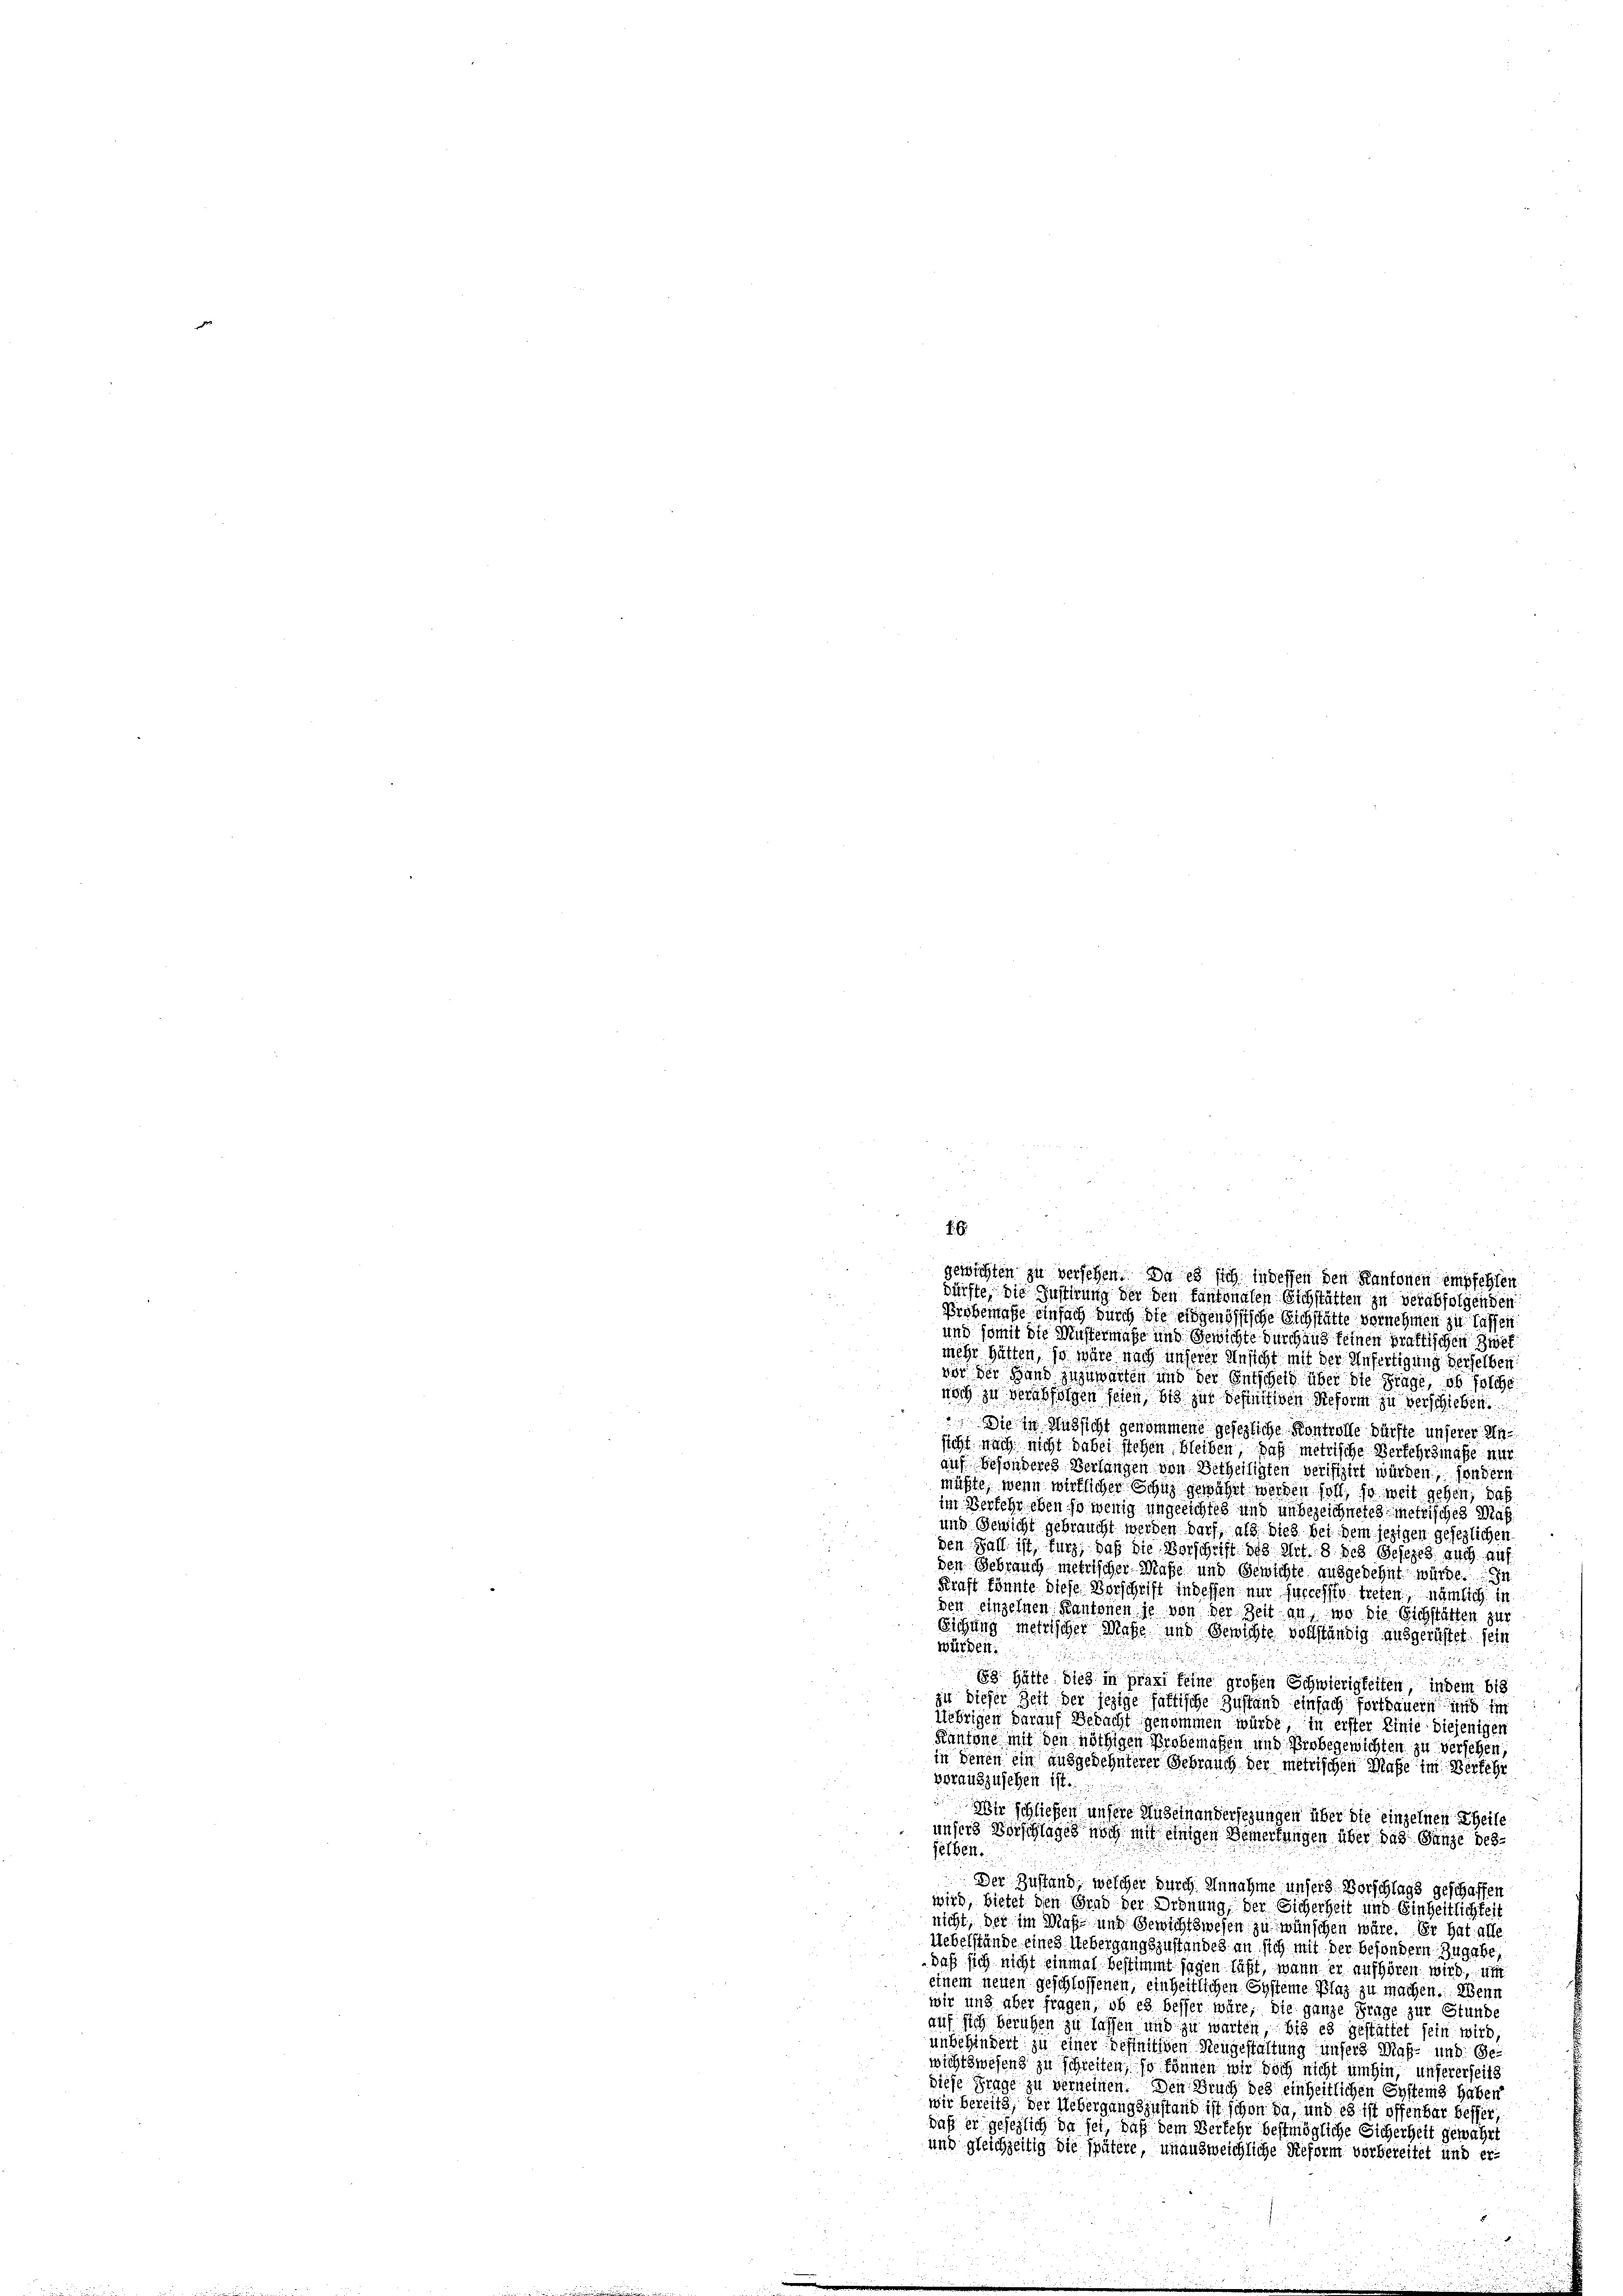
f 6.
gewichten zu versehen. Da es sich in dessen den Kantonen empfehlen.
dürfte, die Festirung der den Kantonalen Sichstätten zu verabfolgenden
Probemase einfach durch die eidgenössische Sichstätte vernehmen zu Tassen

.
und somit die Mustermaße und Gewichte durchaus keinen praktischen Zwet
mehr hätten, so wäre nach unserer Unsicht mit der Anfertigung derselben:
vor der Hand zuzuwarten und der Entscheid über die Frage, ob solche
noch zu verabfolgen seien, bis zur Befinitiven Reform zu verschieben.
 Sie in Aussicht genommene gesezliche Kontrolle dürfte unserer Insicht nach nicht dabei stehen, bleiben, daß metrische Verfehrsmasse nur
auf besonderes Verlangen von Betheiligten verifizirt würden, sondern
müßte, wenn wirklicher Schus geführt werden soll, so weit gehen, daß
im Versehr eben so wenig ungleichtet und unbezeichnetes metrisches Maß¬
und Gewicht gebraucht werden darf, als dies bei dem jezigen gesezlichen
den Fall ist, kurz, daß die Vorschrift des Art. 8 des Gesezes auch auf
den Gebrauch metrischer Maße und Gewichte ausgedehnt würde. In
Kraft könnte diese Vorschrift in dessen nur successio treten, nämlich in
den einzelnen Kantonen je von der Zeit an, wo die Sichstätten zur
Eichung mehrlicher Mate und Gewichte vollständig ausgerüstet sein
würden.
i
18 hätte dies in präzi feine großen Schwierigkeiten, indem 618
zu dieser Zeit der jezige faltische Zustand einfach fortdauern und i
Uebrigen darauf Gedacht genommen würde in erster Linie diejenigen
Kantone mit den nöthigen Probemaßen und Probegewichten zu versehen
in denen ein ausgedehnterer Gebrauch der metrischen Maße im Verfehr
vorauszuschen ist.
Wir schließen unsere Auseinandersezungen über die einzelnen Theile
unsers Vorschlages noch mit einigen Bemerkungen über das Ganze des
selben.
Der Zustand, welcher durch Annahme unser Vorschlags geschaffen
wird, bietet den Grad der Ordnung der Sicherheit und Einheitlichkeit
nicht, der im Maß- und Gewichtswesen zu wünschen wäre. Er hat alle
Uebelstände eines Webergangszustandes an sich mit der besondern, Zugabe,
daß sich nicht einmal bestimmt sagen läßt, wann er aufhören wird, um
einem neuen geschlossenen, einheitlichen Systeme Plaz zu machen. Wenn
wir und aber fragen, ob es besser wäre, die ganze Frage zur Stund
auf sich beruhen zu lassen und zu warten, bis es gestattet sein wird
unbehindert zu einer befinitiven Neugestaltung unsers Maß- und gewichtswesend zu schreiten, so können wir doch nicht umhin, unsererseits
diese Frage zu verneinen. Den Bruch des einheitlichen Systems haben
wir bereits, der Uebergangszustand ist schon da, und es ist offenbar besser,
daß er gesezlich da sei, daß dem Verkehr bestmögliche Sicherheit gewährt
und gleichzeitig die spätere, unausweichliche Reform vorbereitet und er¬